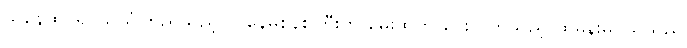
သူနေထိုင်၍ သူယုံကြည်သည့် လူနေမှုစနစ်ကြီးက မွေးထုတ် ပေးလိုက်သည့် ထိုမိန်းမငယ်သည်